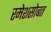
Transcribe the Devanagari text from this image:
रमेशसोबत